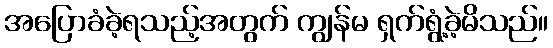
အပြောခံခဲ့ရသည့်အတွက် ကျွန်မ ရှက်ရွံ့ခဲ့မိသည်။